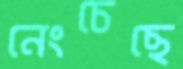
নেংচেছে